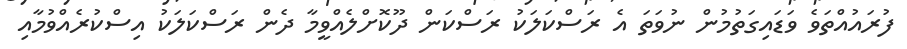
ފުރައުއްތަވެ ވަޑައިގަތުމުން ނުވަތަ އެ ރަސްކަލަކު ރަސްކަން ދޫކޮށްލެއްވީމާ ދެން ރަސްކަލަކު އިސްކުރެއްވުމާއި